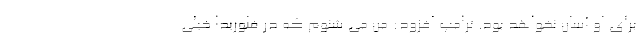
برای او آسان نخواهد بود. ترامپ افزود: من می شنوم که در فلوریدا خیلی